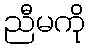
ညီမကို